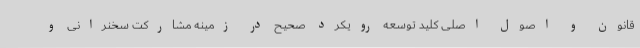
قانون و اصول اصلی کلید توسعه رویکرد صحیح در زمینه مشارکت سخنرانی و